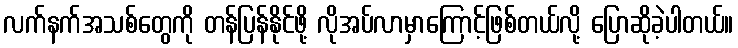
လက်နက်အသစ်တွေကို တန်ပြန်နိုင်ဖို့ လိုအပ်လာမှာကြောင့်ဖြစ်တယ်လို့ ပြောဆိုခဲ့ပါတယ်။